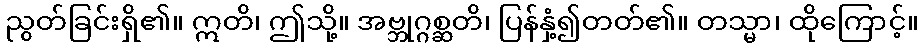
ညွတ်ခြင်းရှိ၏။ ဣတိ၊ ဤသို့။ အဗ္ဘုဂ္ဂစ္ဆတိ၊ ပြန်နှံ့၍တတ်၏။ တသ္မာ၊ ထိုကြောင့်။